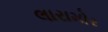
લારામોર